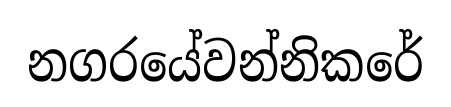
නගරයේවන්නිකරේ